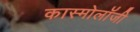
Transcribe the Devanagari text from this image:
कास्मोलॉजी